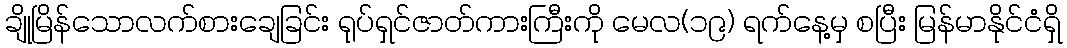
ချိုမြိန်သောလက်စားချေခြင်း ရုပ်ရှင်ဇာတ်ကားကြီးကို မေလ(၁၉) ရက်နေ့မှ စပြီး မြန်မာနိုင်ငံရှိ